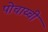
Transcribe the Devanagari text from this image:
पोचाय्ची